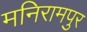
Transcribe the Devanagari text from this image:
मनिरामपुर